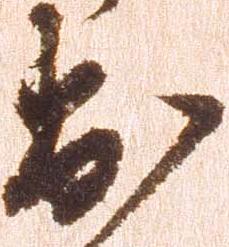
出